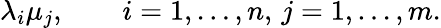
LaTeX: \lambda_{i}\mu_{j},\qquad i=1,\ldots,n,\, j=1,\ldots,m.